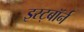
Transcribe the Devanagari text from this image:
इस्ट्बॉर्न